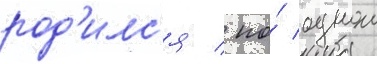
род'илс'я / по́ однои